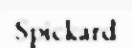
Spickard